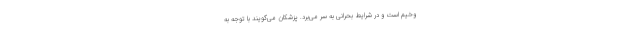
وخیم است و در شرایط بحرانی به سر می‌برد. پزشکان می‌گویند با توجه به